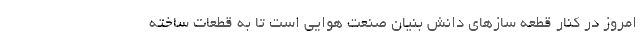
امروز در کنار قطعه سازهای دانش بنیان صنعت هوایی است تا به قطعات ساخته